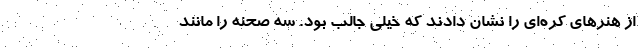
از هنرهای کره‌ای را نشان دادند که خیلی جالب بود. سه صحنه را مانند